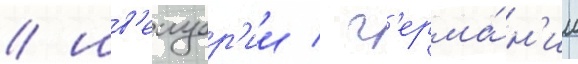
/ шв'еицар'ии / г'ерма́н'ии